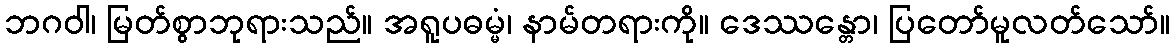
ဘဂဝါ၊ မြတ်စွာဘုရားသည်။ အရူပဓမ္မံ၊ နာမ်တရားကို။ ဒေဿန္တော၊ ပြတော်မူလတ်သော်။